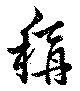
称